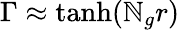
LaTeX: \Gamma\approx\operatorname{tanh}(\mathbb{N}_{g}r)